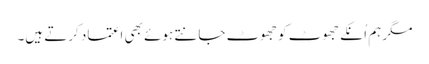
مگر ہم اُنکے جھوٹ کو جھوٹ جانتے ہوئے بھی اعتماد کرتے ہیں۔